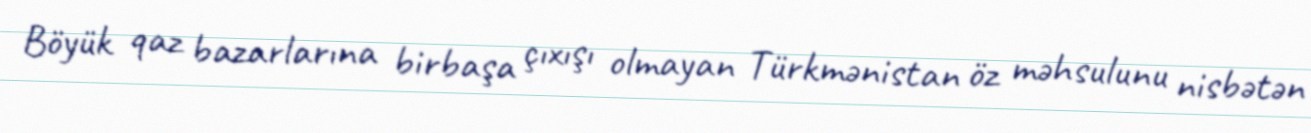
Böyük qaz bazarlarına birbaşa çıxışı olmayan Türkmənistan öz məhsulunu nisbətən